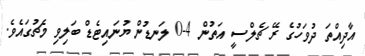
އާދިއްތަ ދުވަހުގެ ރޭ ޗެލްސީ އަތުން 4-0 ލަނޑުން ޔުނައިޓެޑް ބަލިވި މެޗުގައެވެ.